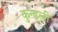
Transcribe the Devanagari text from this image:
कुन्ड्ली